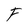
Character: F